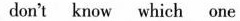
don't know which one